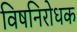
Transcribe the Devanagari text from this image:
विषनिरोधक